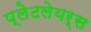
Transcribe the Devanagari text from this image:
प्लेटलेयर्स